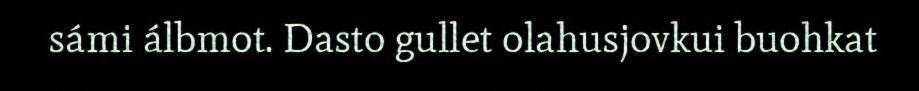
sámi álbmot. Dasto gullet olahusjovkui buohkat